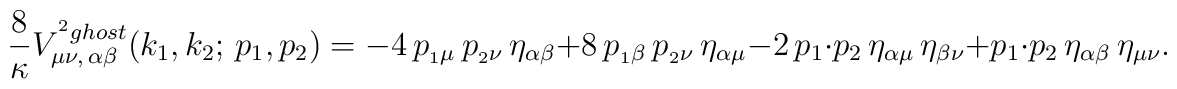
\displaystyle{\frac {8}{\kappa}}V^{^2ghost}_{\mu\nu,\,\alpha\beta}(k_1,k_2;\,p_1,p_2)=-4\,p_{_1\mu }\,p_{_2\nu }\,\eta_{\alpha  \beta } +  8\,p_{_1\beta }\,p_{_2\nu }\,\eta_{\alpha  \mu } -  2\,p_1 \cdot p_2\,\eta_{\alpha  \mu }\,\eta_{\beta  \nu } +  p_1 \cdot p_2\,\eta_{\alpha  \beta }\,\eta_{\mu  \nu }.